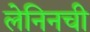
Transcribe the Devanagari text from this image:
लेनिनची